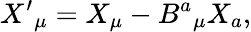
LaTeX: X^{\prime}{}_{\mu}=X_{\mu}-B^{a}{}_{\mu}X_{a},